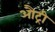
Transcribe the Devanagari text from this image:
औट्री